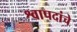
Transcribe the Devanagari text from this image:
श्वापदांचे